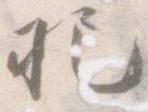
把